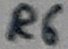
Text: R6